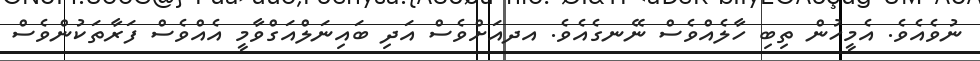
ނުވެއެވެ. އެމީހުން ތިބި ހާލެއްވެސް ނޭނގެއެވެ. އދއަށްވެސް އަދި ބައިނަލްއަގްވާމީ އެއްވެސް ފަރާތަކުންވެސް